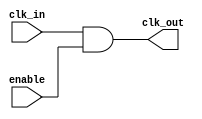
module clock_gating_cell (
    input wire clk_in,      // Global clock input
    input wire enable,      // Enable signal
    output wire clk_out     // Gated clock output
);

    // Clock gating logic
    assign clk_out = clk_in & enable; // AND gate for clock gating

endmodule